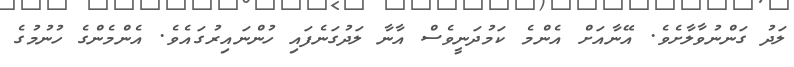
ލަދު ގަންނުވާލާށެވެ. އޭނާއަށް އެންމެ ކަމުދަނީވެސް އާނާ ލަދުގަނެފައި ހުންނައިރުގައެވެ. އެންމެންގެ ހުނުމުގެ